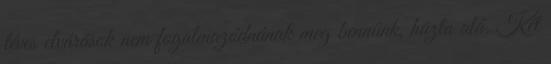
téves elvárások nem fogalmazódnának meg bennünk, húzta alá. Két